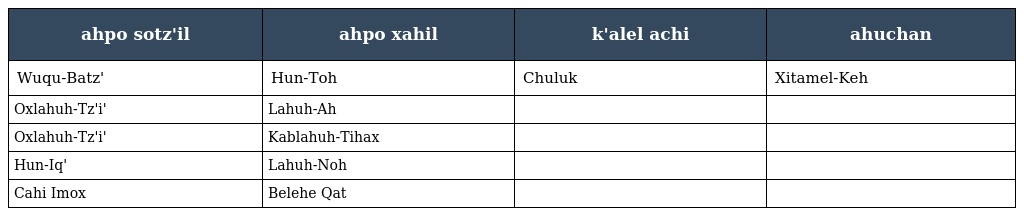
| ahpo sotz'il | ahpo xahil | k'alel achi | ahuchan |
 | --- | --- | --- | --- |
 | Wuqu-Batz' | Hun-Toh | Chuluk | Xitamel-Keh |
 | Oxlahuh-Tz'i' | Lahuh-Ah |  |  |
 | Oxlahuh-Tz'i' | Kablahuh-Tihax |  |  |
 | Hun-Iq' | Lahuh-Noh |  |  |
 | Cahi Imox | Belehe Qat |  |  |